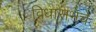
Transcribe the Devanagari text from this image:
विधासभेचे